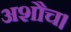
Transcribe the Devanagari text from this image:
अशौच।